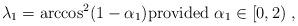
LaTeX: \begin{align*}\lambda_1 = \arccos^2 (1-\alpha_1)\hbox{provided }\alpha_1\in [0,2)\ ,\end{align*}